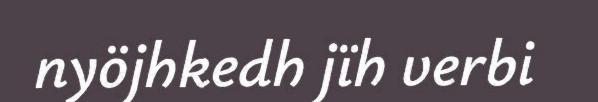
nyöjhkedh jïh verbi